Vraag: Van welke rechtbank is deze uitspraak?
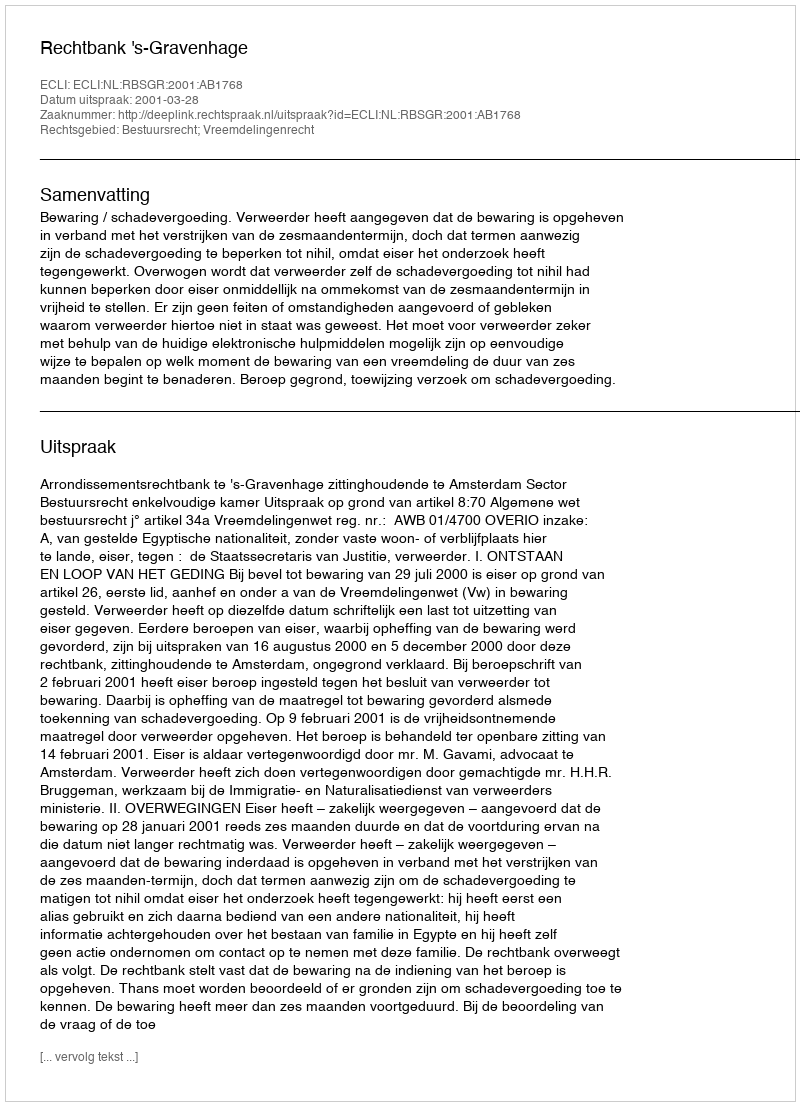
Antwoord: Rechtbank 's-Gravenhage